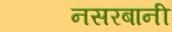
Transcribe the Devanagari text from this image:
नसरबानी